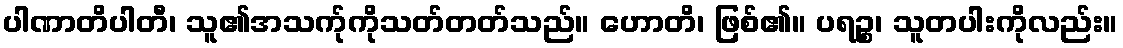
ပါဏာတိပါတီ၊ သူ၏အသက်ုကိုသတ်တတ်သည်။ ဟောတိ၊ ဖြစ်၏။ ပရဉ္စ၊ သူတပါးကိုလည်း။